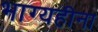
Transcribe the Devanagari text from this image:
भाग्यहीना